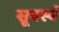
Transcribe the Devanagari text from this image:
सूयर्स्य